Annual report of the Civil Veterinary Department, Bengal, and of the Bengal Veterinary College, for the year 1902-1903 - 1902-1903
Year: 1902
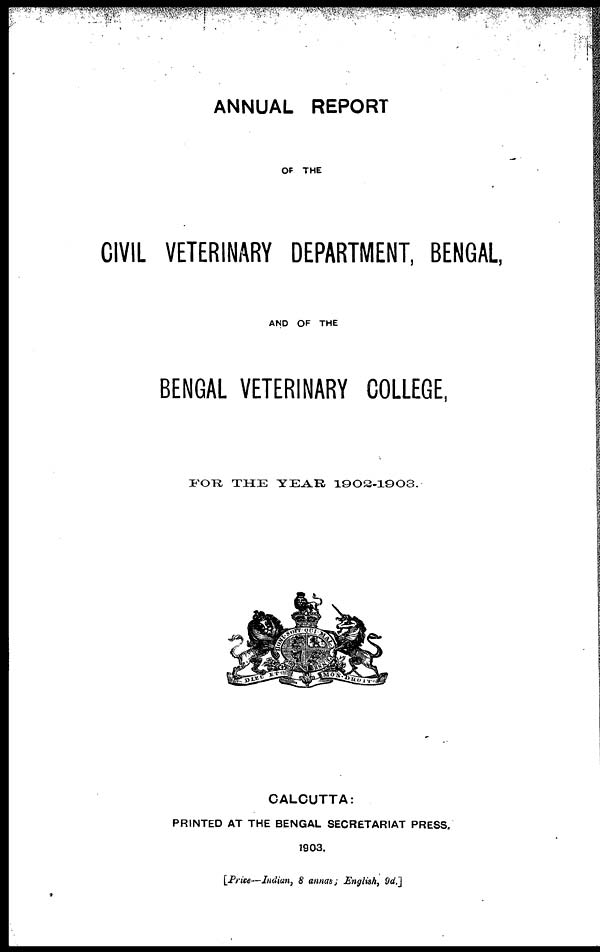
ANNUAL REPORT
OF THE
CIVIL VETERINARY DEPARTMENT, BENGAL,
AND OF THE
BENGAL VETERINARY COLLEGE,
FOR
THE YEAR
1902-1903.
CALCUTTA:
PRINTED AT THE BENGAL SECRETARIAT PRESS.
1903.
[Price—Indian, 8 annas; English, 9d..]